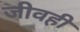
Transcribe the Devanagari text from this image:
जीवही